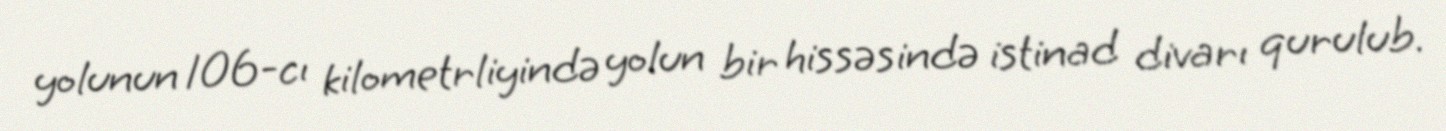
yolunun 106-cı kilometrliyində yolun bir hissəsində istinad divarı qurulub.